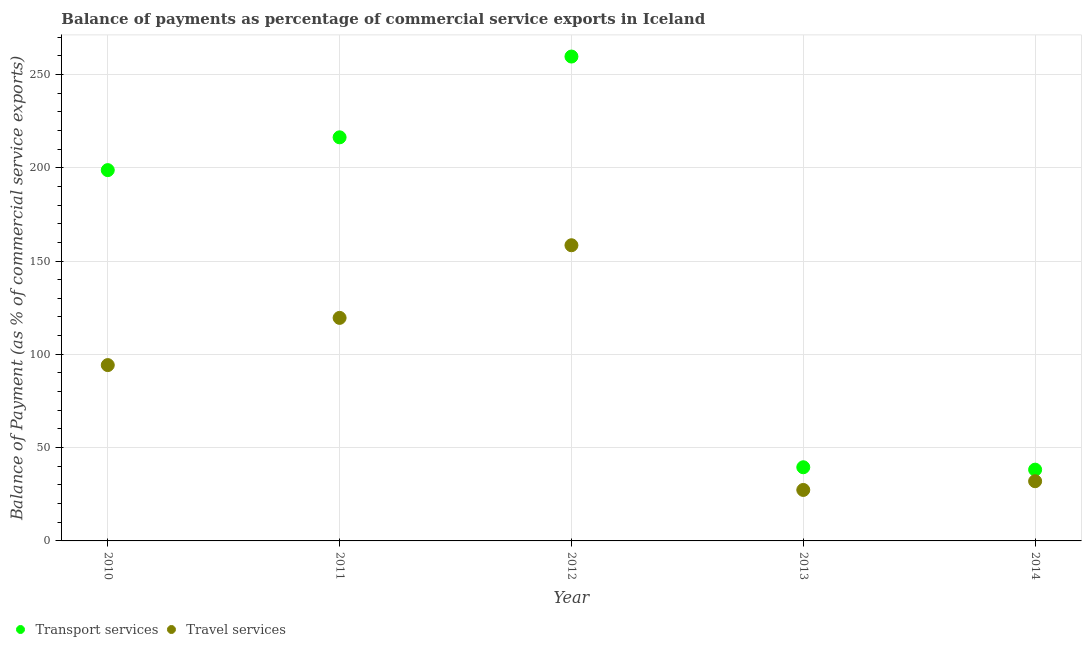
| Year | Transport services | Travel services |
 | --- | --- | --- |
 | 2010 | 199 | 94.2 |
 | 2011 | 216 | 120 |
 | 2012 | 260 | 158 |
 | 2013 | 39.5 | 27.3 |
 | 2014 | 38.2 | 32 |